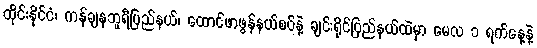
ထိုင်းနိုင်ငံ၊ ကန်ချနဘူရီပြည်နယ်၊ ထောင်ဖာဖွန်နယ်စပ်နဲ့ ချင်းရိုင်ပြည်နယ်ထဲမှာ မေလ ၁ ရက်နေ့နဲ့